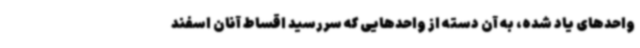
واحدهای یاد شده، به آن دسته از واحدهایی که سررسید اقساط آنان اسفند